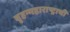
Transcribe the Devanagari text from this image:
बृहन्महाराष्ट्राची